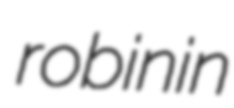
robinin